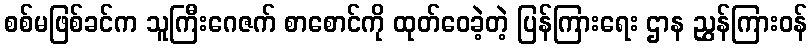
စစ်မဖြစ်ခင်က သူကြီးဂေဇက် စာစောင်ကို ထုတ်ဝေခဲ့တဲ့ ပြန်ကြားရေး ဌာန ညွှန်ကြားဝန်